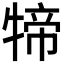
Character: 𤚢